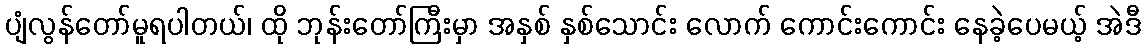
ပျံလွန်တော်မူရပါတယ်၊ ထို ဘုန်းတော်ကြီးမှာ အနှစ် နှစ်သောင်း လောက် ကောင်းကောင်း နေခဲ့ပေမယ့် အဲဒီ